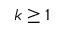
k \ge 1